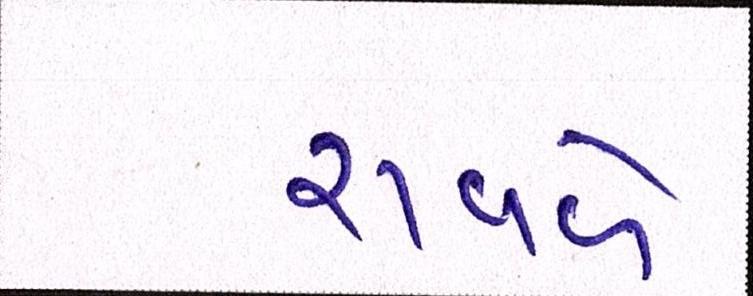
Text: રાવળે